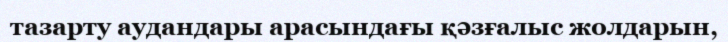
тазарту аудандары арасындағы қәзғалыс жолдарын,